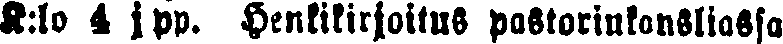
K:lo 4 jpp. Henkikirjoitus pastorinkansliassa